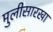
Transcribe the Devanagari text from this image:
मुलीसारखा